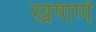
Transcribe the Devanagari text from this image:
खणणें